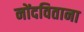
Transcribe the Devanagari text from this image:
नोंदविताना